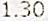
1.30